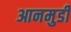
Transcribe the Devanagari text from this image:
आनमुडी